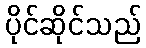
ပိုင်ဆိုင်သည်